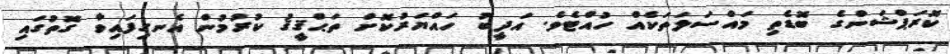
ކޮރަޕްޝަންގެ ބޮޑެތި މައްސަލަތަކެއް ހުއްޓެވެ. އަދީބު ހައްޔަރުކޮށް ތަޙްޤީޤު ކުރުމުން އެނގިފައިވާ ގޮތުގައި